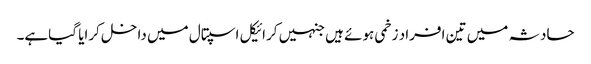
حادثہ میں تین افراد زخمی ہوئے ہیں جنہیں کرائیکل اسپتال میں داخل کرایا گیاہے۔